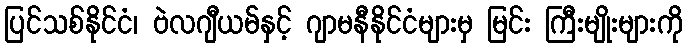
ပြင်သစ်နိုင်ငံ၊ ဗဲလဂျီယမ်နှင့် ဂျာမနီနိုင်ငံများမှ မြင်း ကြီးမျိုးများကို